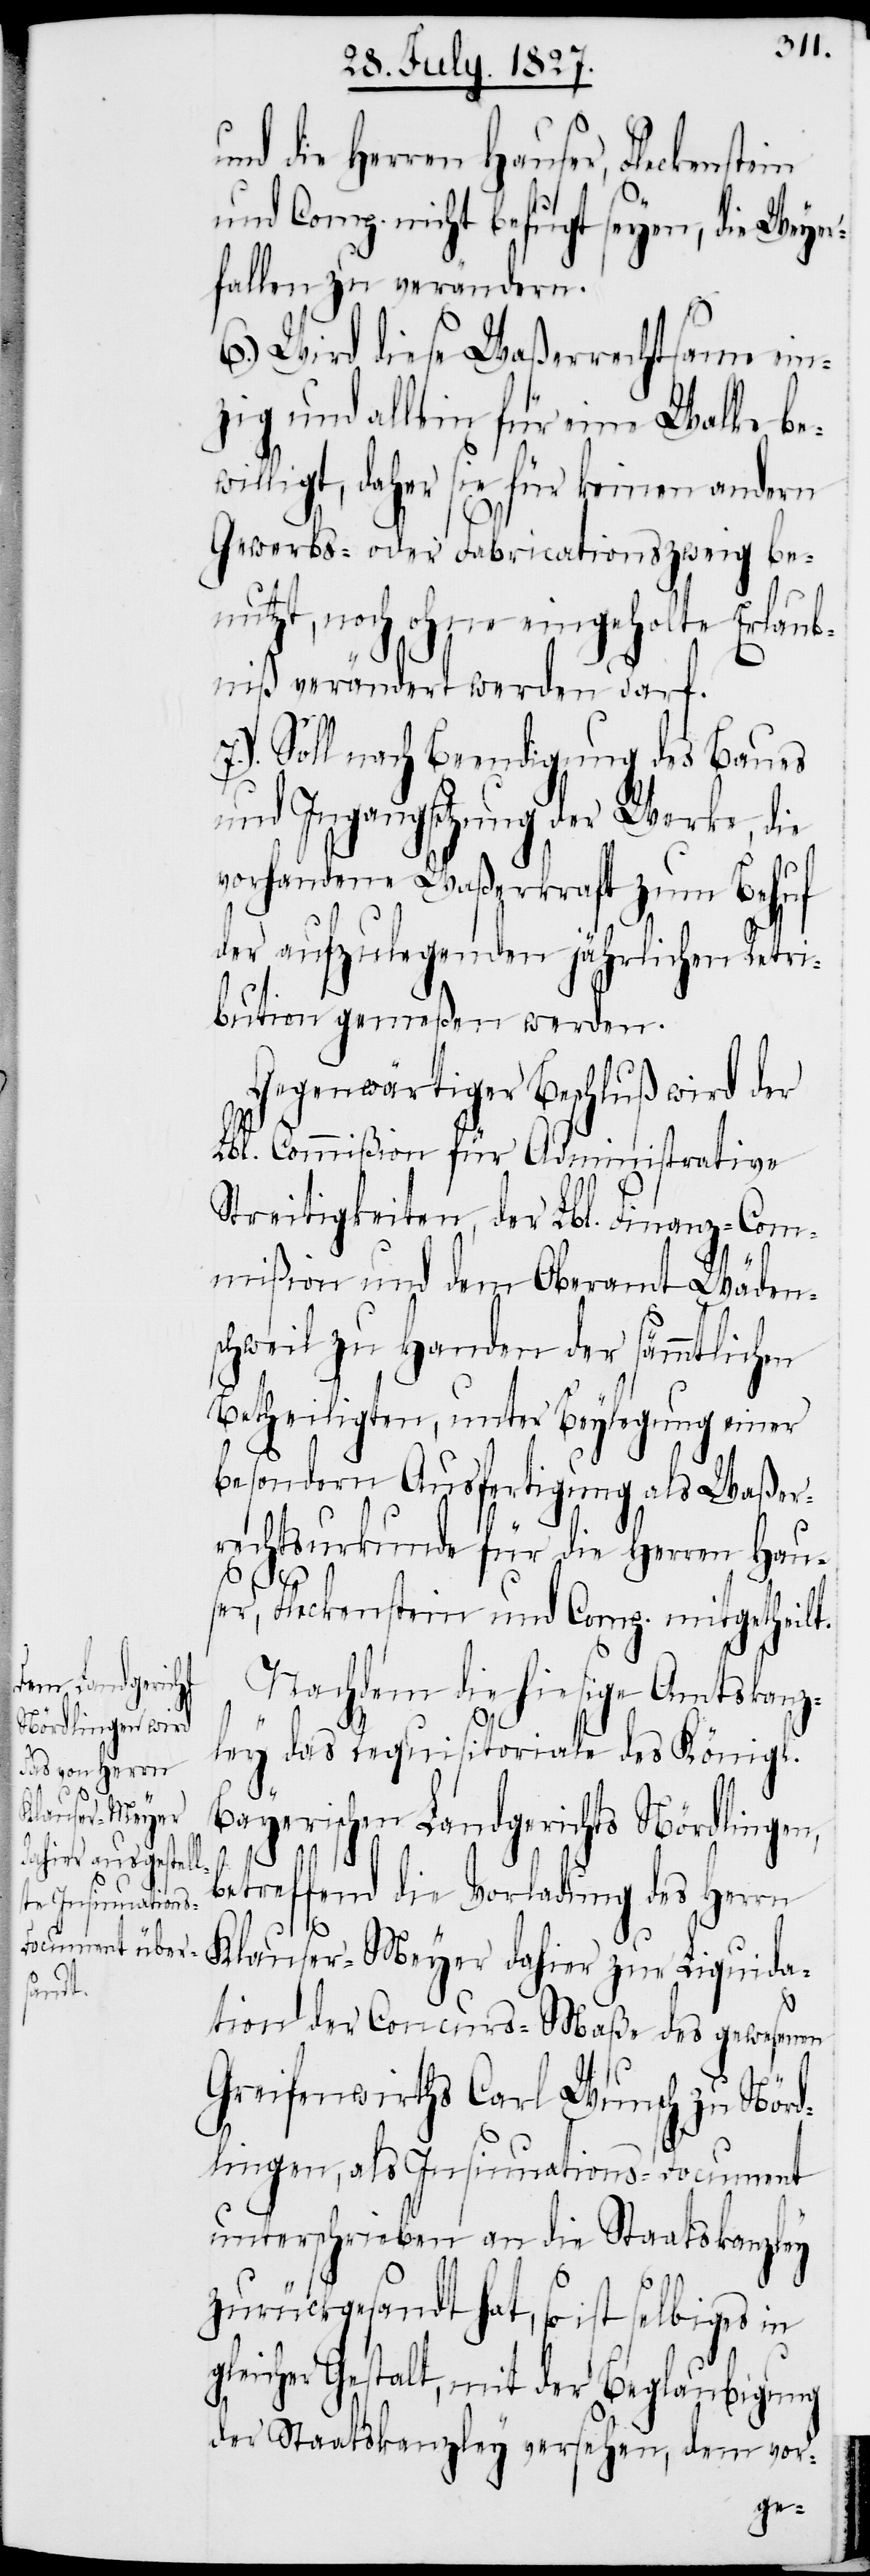
und die Herren Hauser, Fleckenste¬
und Comp. nicht befugt seyen, die Weyer¬
fallen zu verändern.
6.) Wird diese Waßerrechtsame ein¬
zig und allein für eine Walke be¬
willigt, daher sie für keinen andern
Gewerbs- oder Fabricationszweig be¬
nutzt, noch ohne eingeholte Erlaub¬
niß verändert werden darf.
7.) Soll nach Beendigung des Baues
und Ingangsetzung der Werke, die
vorhandene Waßerkraft zum Behuf
der aufzulegenden jährlichen Retri¬
bution gemeßen werden.
Gegenwärtiger Beschluß wird der
Lbl. Commißion für Administrative
Streitigkeiten, der Lbl. Finanz-Com¬
mißion und dem Oberamt Wäden¬
schweil zu Handen der sämmtlichen
Betheiligten, unter Beylegung einer
besondern Ausfertigung als Waßer¬
rechtsurkunde für die Herren Hau¬
ser, Fleckenstein und Comp. mitgetheilt.
Nachdem die hiesige Amtskanz¬
in
ley das Requisitoriale des Königl.
Bayerischen Landgerichts Nördlingen,
betreffend die Vorladung des Herrn
Klauser-Meyer dahier zu Liquida¬
tion der Concurs-Maße des gewesenen
Greifenwirths Carl Wunsch zu Nörd¬
lingen, als Insinuations-Document
unterschrieben an die Staatskanzley
zurückgesandt hat, so ist selbiges in
gleicher Gestalt, mit der Beglaubigung
der Staatskanzley versehen, dem vor-